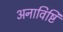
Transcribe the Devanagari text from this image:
अनाविष्टि